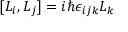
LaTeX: [ L _ { i } , L _ { j } ] = i \hbar { \epsilon _ { i j k } } L _ { k }